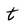
Character: t